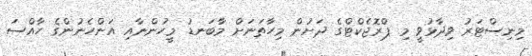
މިނިސްޓަރު ވިދާޅުވީ މި ޕްރޮޖެކްޓްގެ ދަށުން މިހާތަނަށް މާބަނޑު މީހުންނާއި އަންހެނުންގެ ހާއްސަ